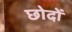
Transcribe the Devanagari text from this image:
छोदों